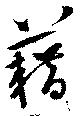
藉